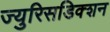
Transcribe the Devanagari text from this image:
ज्युरिसडिक्शन